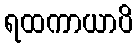
ရထကာယာပိ